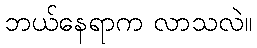
ဘယ်နေရာက လာသလဲ။